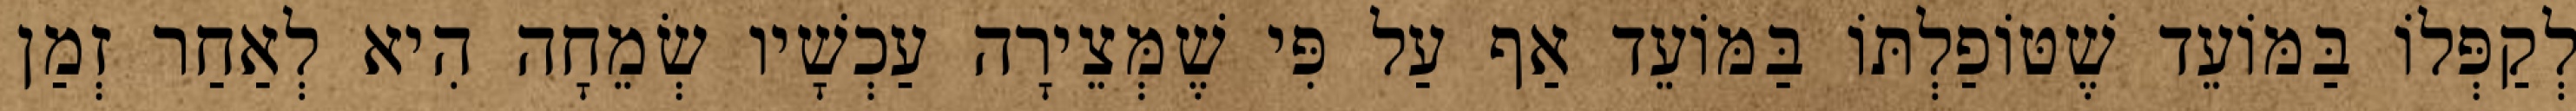
לְקַפְּלוֹ בַּמּוֹעֵד שֶׁטּוֹפַלְתּוֹ בַּמּוֹעֵד אַף עַל פִּי שֶׁמְּצֵירָה עַכְשָׁיו שְׂמֵחָה הִיא לְאַחַר זְמַן